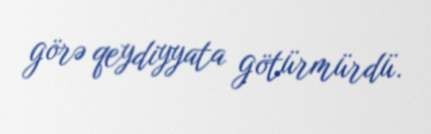
görə qeydiyyata götürmürdü.